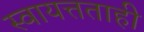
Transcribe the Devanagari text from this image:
स्वायत्तताही